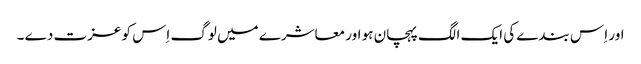
اور اِ س بندے کی ایک الگ پہچان ہو اور معاشرے میں لوگ اِس کو عزت دے ۔